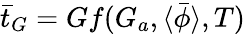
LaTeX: \bar{t}_{G}=Gf(G_{a},\langle\bar{\phi}\rangle,T)